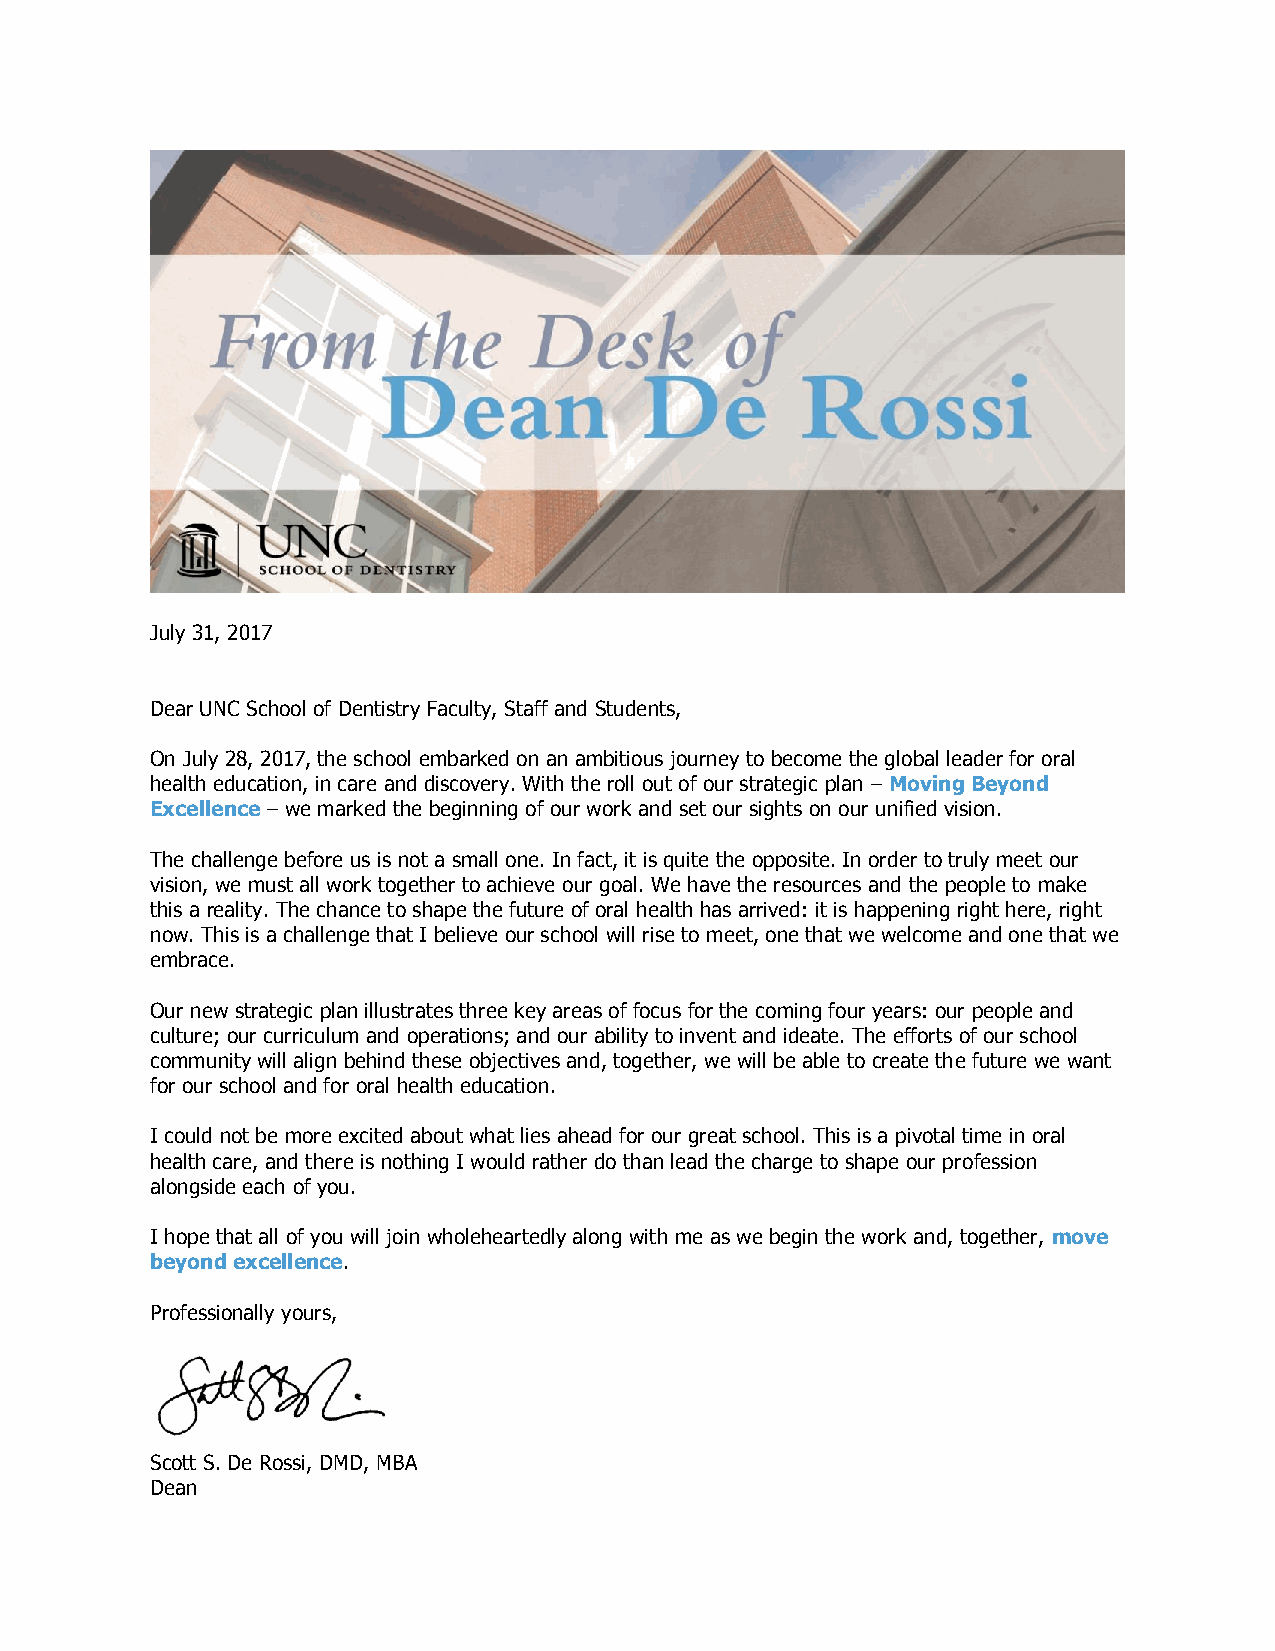
July 31, 2017
 Dear UNC School of Dentistry Faculty, Staff and Students,
 On July 28, 2017, the school embarked on an ambitious journey to become the global leader for oral
 health education, in care and discovery. With the roll out of our strategic plan – Moving Beyond
 Excellence – we marked the beginning of our work and set our sights on our unified vision.
 The challenge before us is not a small one. In fact, it is quite the opposite. In order to truly meet our
 vision, we must all work together to achieve our goal. We have the resources and the people to make
 this a reality. The chance to shape the future of oral health has arrived: it is happening right here, right
 now. This is a challenge that I believe our school will rise to meet, one that we welcome and one that we
 embrace.
 Our new strategic plan illustrates three key areas of focus for the coming four years: our people and
 culture; our curriculum and operations; and our ability to invent and ideate. The efforts of our school
 community will align behind these objectives and, together, we will be able to create the future we want
 for our school and for oral health education.
 I could not be more excited about what lies ahead for our great school. This is a pivotal time in oral
 health care, and there is nothing I would rather do than lead the charge to shape our profession
 alongside each of you.
 I hope that all of you will join wholeheartedly along with me as we begin the work and, together, move
 beyond excellence.
 Professionally yours,
 Scott S. De Rossi, DMD, MBA
 Dean